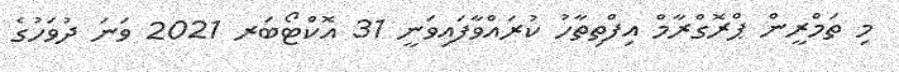
މި ތަމްރީން ޕްރޮގްރާމް އިފްތިތާހު ކުރައްވާފައިވަނީ 31 އޮކްޓޯބަރ 2021 ވަނަ ދުވަހުގެ